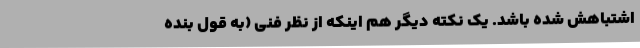
اشتباهش شده باشد. یک نکته‌ دیگر هم اینکه از نظر فنّی (به قول بنده